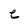
Character: e